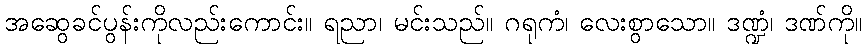
အဆွေခင်ပွန်းကိုလည်းကောင်း။ ရညာ၊ မင်းသည်။ ဂရုကံ၊ လေးစွာသော။ ဒဏ္ဍံ၊ ဒဏ်ကို။